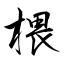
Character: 椳